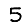
Digit: 5